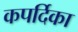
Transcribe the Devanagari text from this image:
कपर्दिका